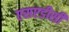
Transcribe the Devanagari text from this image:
एसएडीसी